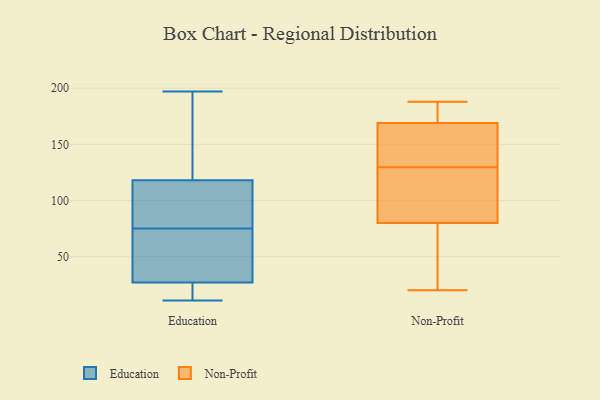
{"axis": {"x": "Net Income (USD K)", "y": "Value"}, "legend": ["Education", "Non-Profit"], "data": [{"x": "", "y": 11, "type": "Education"}, {"x": "", "y": 90, "type": "Education"}, {"x": "", "y": 79, "type": "Education"}, {"x": "", "y": 62, "type": "Education"}, {"x": "", "y": 40, "type": "Education"}, {"x": "", "y": 17, "type": "Education"}, {"x": "", "y": 11, "type": "Education"}, {"x": "", "y": 71, "type": "Education"}, {"x": "", "y": 83, "type": "Education"}, {"x": "", "y": 151, "type": "Education"}, {"x": "", "y": 19, "type": "Education"}, {"x": "", "y": 163, "type": "Education"}, {"x": "", "y": 114, "type": "Education"}, {"x": "", "y": 118, "type": "Education"}, {"x": "", "y": 52, "type": "Education"}, {"x": "", "y": 27, "type": "Education"}, {"x": "", "y": 143, "type": "Education"}, {"x": "", "y": 197, "type": "Education"}, {"x": "", "y": 74, "type": "Non-Profit"}, {"x": "", "y": 23, "type": "Non-Profit"}, {"x": "", "y": 128, "type": "Non-Profit"}, {"x": "", "y": 80, "type": "Non-Profit"}, {"x": "", "y": 116, "type": "Non-Profit"}, {"x": "", "y": 136, "type": "Non-Profit"}, {"x": "", "y": 20, "type": "Non-Profit"}, {"x": "", "y": 156, "type": "Non-Profit"}, {"x": "", "y": 131, "type": "Non-Profit"}, {"x": "", "y": 188, "type": "Non-Profit"}, {"x": "", "y": 169, "type": "Non-Profit"}, {"x": "", "y": 183, "type": "Non-Profit"}, {"x": "", "y": 110, "type": "Non-Profit"}, {"x": "", "y": 188, "type": "Non-Profit"}]}